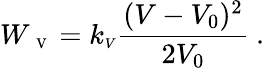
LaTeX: W_{\mathrm{~\scriptsize~V~}}=k_{\scriptsize V}\frac{(V-V_{0})^{2}}{2V_{0}}\ .